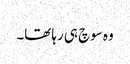
وہ سوچ ہی رہا تھا۔